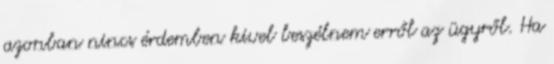
azonban nincs érdemben kivel beszélnem erről az ügyről. Ha